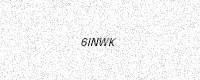
Text: 6INWK